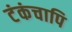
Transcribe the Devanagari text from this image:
टंकंचापि